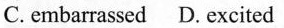
C.embarrassed D. excited